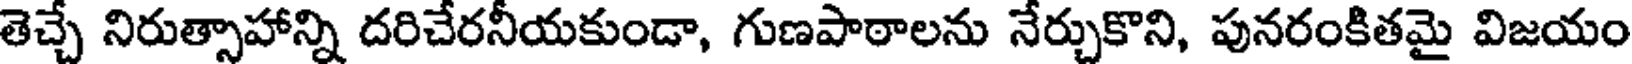
తెచ్చే నిరుత్సాహాన్ని దరిచేరనీయకుండా, గుణపాఠాలను నేర్చుకొని, పునరంకితమై విజయం